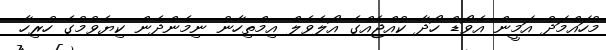
މުހައްމަދު އަމީން އެވޯޑް ހޯދާ ކުއްޖެއްގެ އޯލެވެލް އިމްތިހާނު ނިމެންދެން ކިޔެވުމުގެ ހުރިހާ